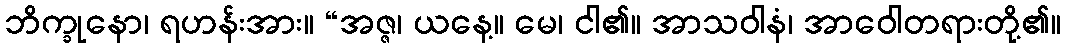
ဘိက္ခုနော၊ ရဟန်းအား။ “အဇ္ဇ၊ ယနေ့။ မေ၊ ငါ၏။ အာသဝါနံ၊ အာဝေါတရားတို့၏။